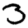
Digit: 3